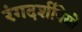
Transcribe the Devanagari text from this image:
रंगदर्शनियों